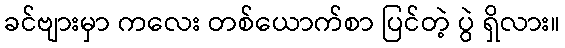
ခင်ဗျားမှာ ကလေး တစ်ယောက်စာ ပြင်တဲ့ ပွဲ ရှိလား။